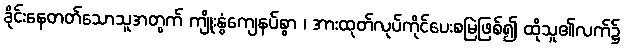
ခိုင်းနေတတ်သောသူအတွက် ကျိုးနွံကျေနပ်စွာ ၊ အားထုတ်လုပ်ကိုင်ပေးစမြဲဖြစ်၍ ထိုသူ၏လက်၌